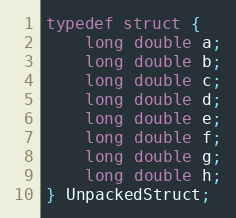
Language: C++
typedef struct {
    long double a;
    long double b;
    long double c;
    long double d;
    long double e;
    long double f;
    long double g;
    long double h;
} UnpackedStruct;